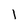
Character: l